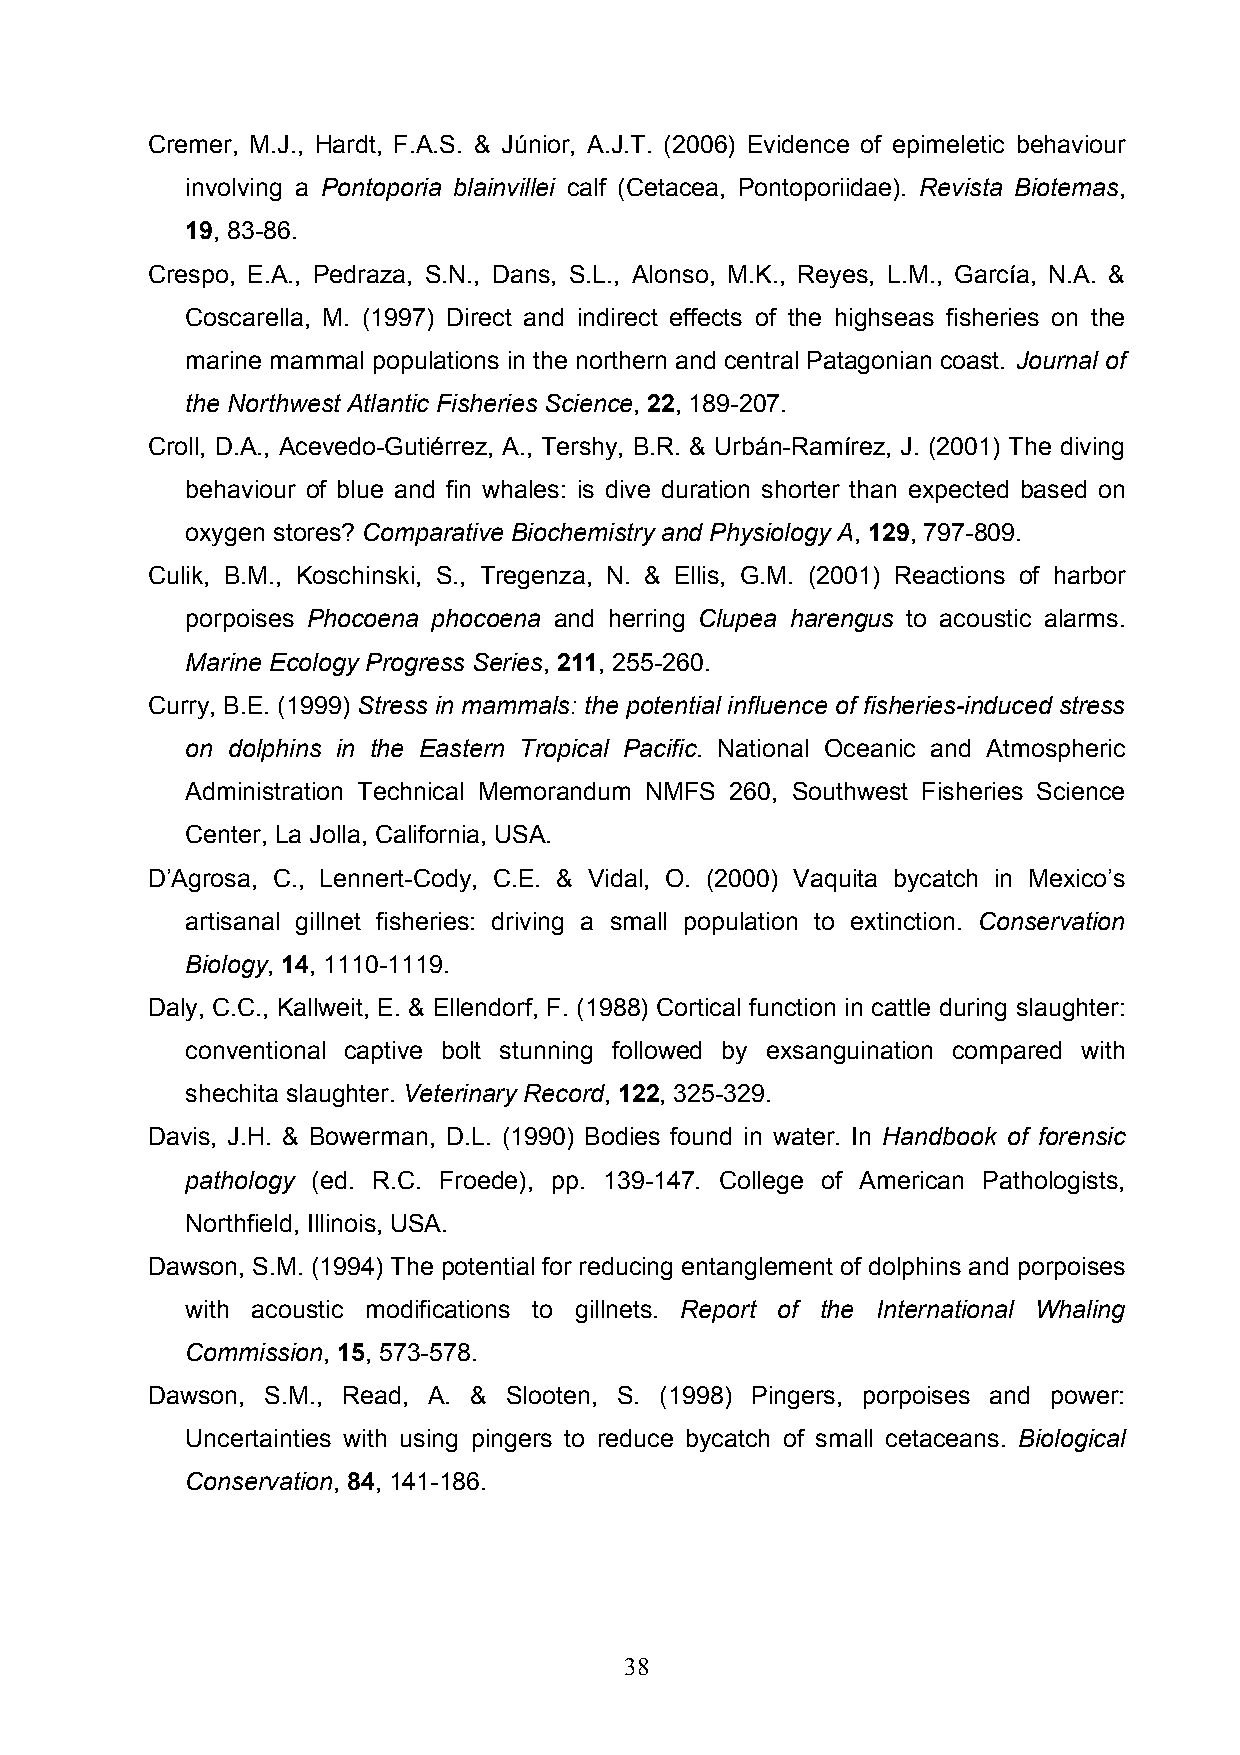
Cremer, M.J., Hardt, F.A.S. & Júnior, A.J.T. (2006) Evidence of epimeletic behaviour
 involving a Pontoporia blainvillei calf (Cetacea, Pontoporiidae). Revista Biotemas,
 19, 83-86.
 Crespo, E.A., Pedraza, S.N., Dans, S.L., Alonso, M.K., Reyes, L.M., García, N.A. &
 Coscarella, M. (1997) Direct and indirect effects of the highseas fisheries on the
 marine mammal populations in the northern and central Patagonian coast. Journal of
 the Northwest Atlantic Fisheries Science, 22, 189-207.
 Croll, D.A., Acevedo-Gutiérrez, A., Tershy, B.R. & Urbán-Ramírez, J. (2001) The diving
 behaviour of blue and fin whales: is dive duration shorter than expected based on
 oxygen stores? Comparative Biochemistry and Physiology A, 129, 797-809.
 Culik, B.M., Koschinski, S., Tregenza, N. & Ellis, G.M. (2001) Reactions of harbor
 porpoises Phocoena phocoena and herring Clupea harengus to acoustic alarms.
 Marine Ecology Progress Series, 211, 255-260.
 Curry, B.E. (1999) Stress in mammals: the potential influence of fisheries-induced stress
 on dolphins in the Eastern Tropical Pacific. National Oceanic and Atmospheric
 Administration Technical Memorandum NMFS 260, Southwest Fisheries Science
 Center, La Jolla, California, USA.
 D’Agrosa, C., Lennert-Cody, C.E. & Vidal, O. (2000) Vaquita bycatch in Mexico’s
 artisanal gillnet fisheries: driving a small population to extinction. Conservation
 Biology, 14, 1110-1119.
 Daly, C.C., Kallweit, E. & Ellendorf, F. (1988) Cortical function in cattle during slaughter:
 conventional captive bolt stunning followed by exsanguination compared with
 shechita slaughter. Veterinary Record, 122, 325-329.
 Davis, J.H. & Bowerman, D.L. (1990) Bodies found in water. In Handbook of forensic
 pathology (ed. R.C. Froede), pp. 139-147. College of American Pathologists,
 Northfield, Illinois, USA.
 Dawson, S.M. (1994) The potential for reducing entanglement of dolphins and porpoises
 with acoustic modifications to gillnets. Report of the International Whaling
 Commission, 15, 573-578.
 Dawson, S.M., Read, A. & Slooten, S. (1998) Pingers, porpoises and power:
 Uncertainties with using pingers to reduce bycatch of small cetaceans. Biological
 Conservation, 84, 141-186.
 38